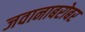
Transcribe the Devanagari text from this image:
जवानाबरोबर